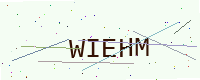
Text: WIEHM